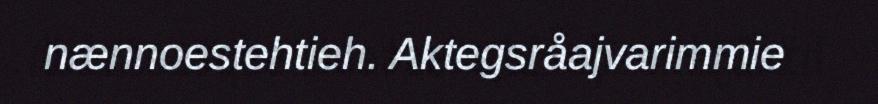
nænnoestehtieh. Aktegsråajvarimmie